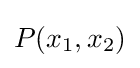
P(x_{1},x_{2})